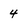
Character: 4